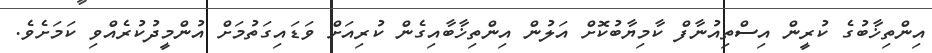
އިންތިޚާބުގެ ކުރީން އިސްތިއުނާފް ކާމިޔާބުކޮށް އަލުން އިންތިޚާބާއިގެން ކުރިއަށް ވަޑައިގަތުމަށް އުންމީދުކުރެއްވި ކަމަށެވެ.